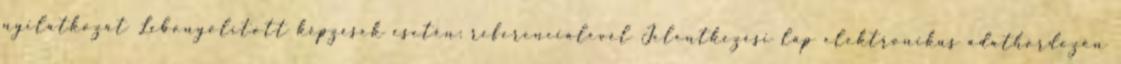
nyilatkozat Lebonyolított képzések esetén: referencialevél Jelentkezési lap elektronikus adathordozón